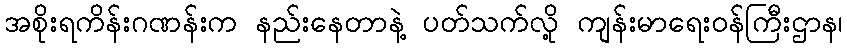
အစိုးရကိန်းဂဏန်းက နည်းနေတာနဲ့ ပတ်သက်လို့ ကျန်းမာရေးဝန်ကြီးဌာန၊